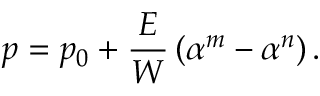
p = p _ { 0 } + \frac { E } { W } \left( \alpha ^ { m } - \alpha ^ { n } \right) .